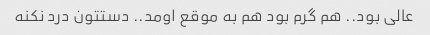
عالی بود.. هم گرم بود هم به موقع اومد.. دستتون درد نکنه